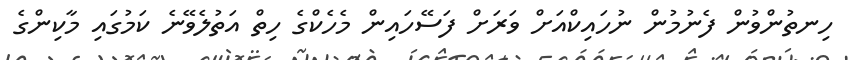
ހިނތުންވުން ފެނުމުން ނުހައިކްއަށް ވަރަށް ފަސޭހައިން މެހެކްގެ ހިތް އަތުލެވޭނެ ކަމުގައި މާކިންގެ